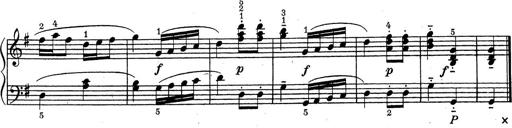
Title: ÄŒeskÃ© Sonatiny
Composer: Various